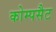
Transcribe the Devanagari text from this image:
कोम्पसैट